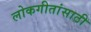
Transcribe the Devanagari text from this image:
लोकगीतांसाठी